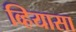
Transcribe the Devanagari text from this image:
व्हियासा